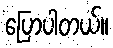
ပြောပါတယ်။